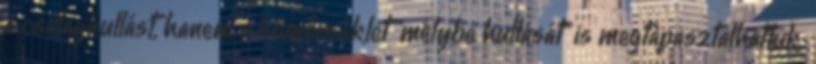
a csillaghullást, hanem a hőmérséklet "mélybe hullását" is megtapasztalhattuk.